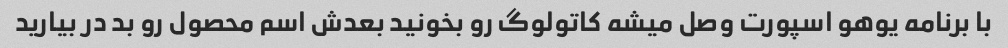
با برنامه یوهو اسپورت وصل میشه کاتولوگ رو بخونید بعدش اسم محصول رو بد در بیارید